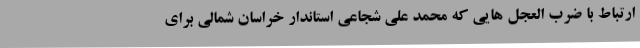
ارتباط با ضرب العجل هایی که محمد علی شجاعی استاندار خراسان شمالی برای